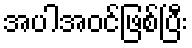
အပါအဝင်ဖြစ်ပြီး